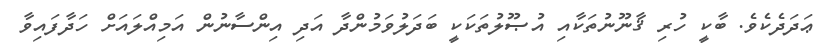
ޢަދަދެކެވެ. ބާކީ ހުރި ޤާނޫނުތަކާއި އުޞޫލުތަކަކީ ބަދަލުވަމުންދާ އަދި އިންސާނުން އަމިއްލައަށް ހަދާފައިވާ